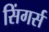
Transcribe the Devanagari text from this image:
सिंगर्स